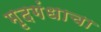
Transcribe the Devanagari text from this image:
मृदगंधाचा